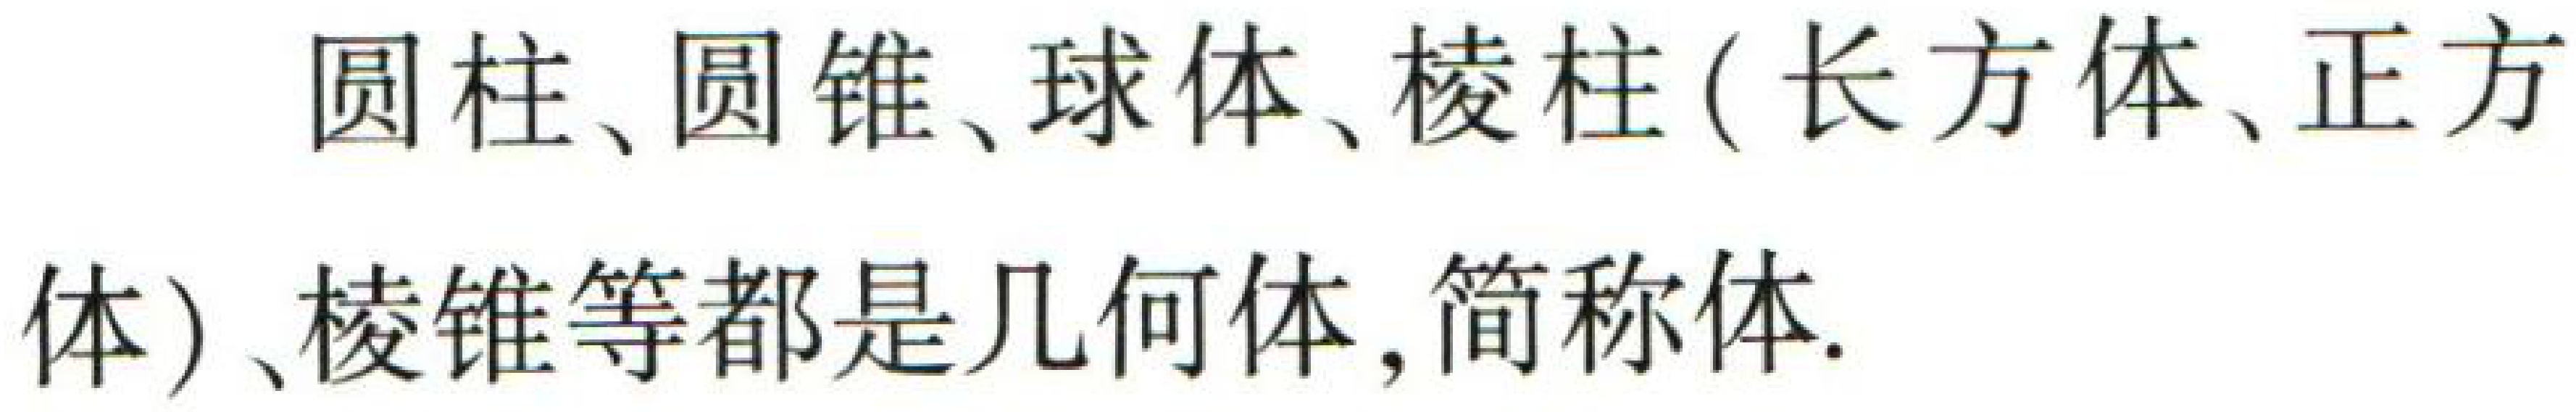
圆柱、圆锥、球体、棱柱（长方体、正方体）、棱锥等都是几何体，简称体.